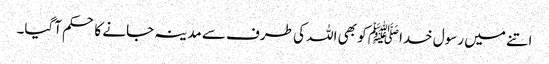
اتنے میں رسول خداﷺ کو بھی اللہ کی طرف سے مدینہ جانے کا حکم آگیا۔